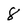
Character: 8